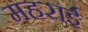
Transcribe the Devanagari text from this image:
महराई